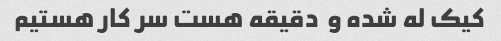
کیک له شده و  دقیقه هست سر کار هستیم